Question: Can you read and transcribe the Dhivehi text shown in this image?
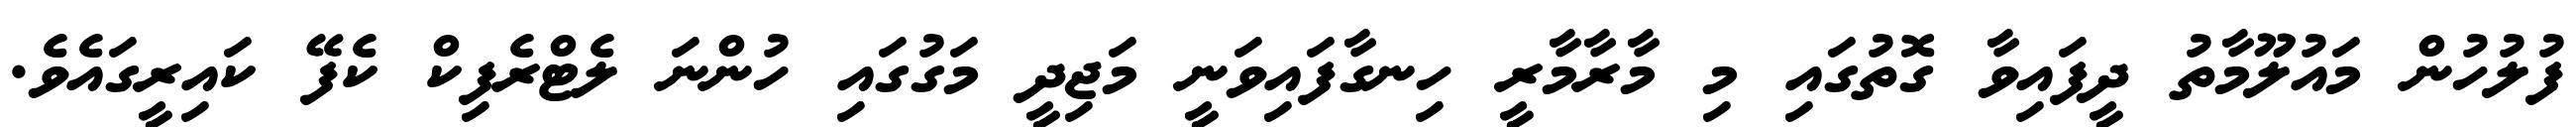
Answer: ފުލުހުން މައުލޫމާތު ދީފައިވާ ގޮތުގައި މި މާރާމާރީ ހިނގާފައިވަނީ މަޖިދީ މަގުގައި ހުންނަ ލެޓްރެފިކް ކެފޭ ކައިރީގައެވެ.